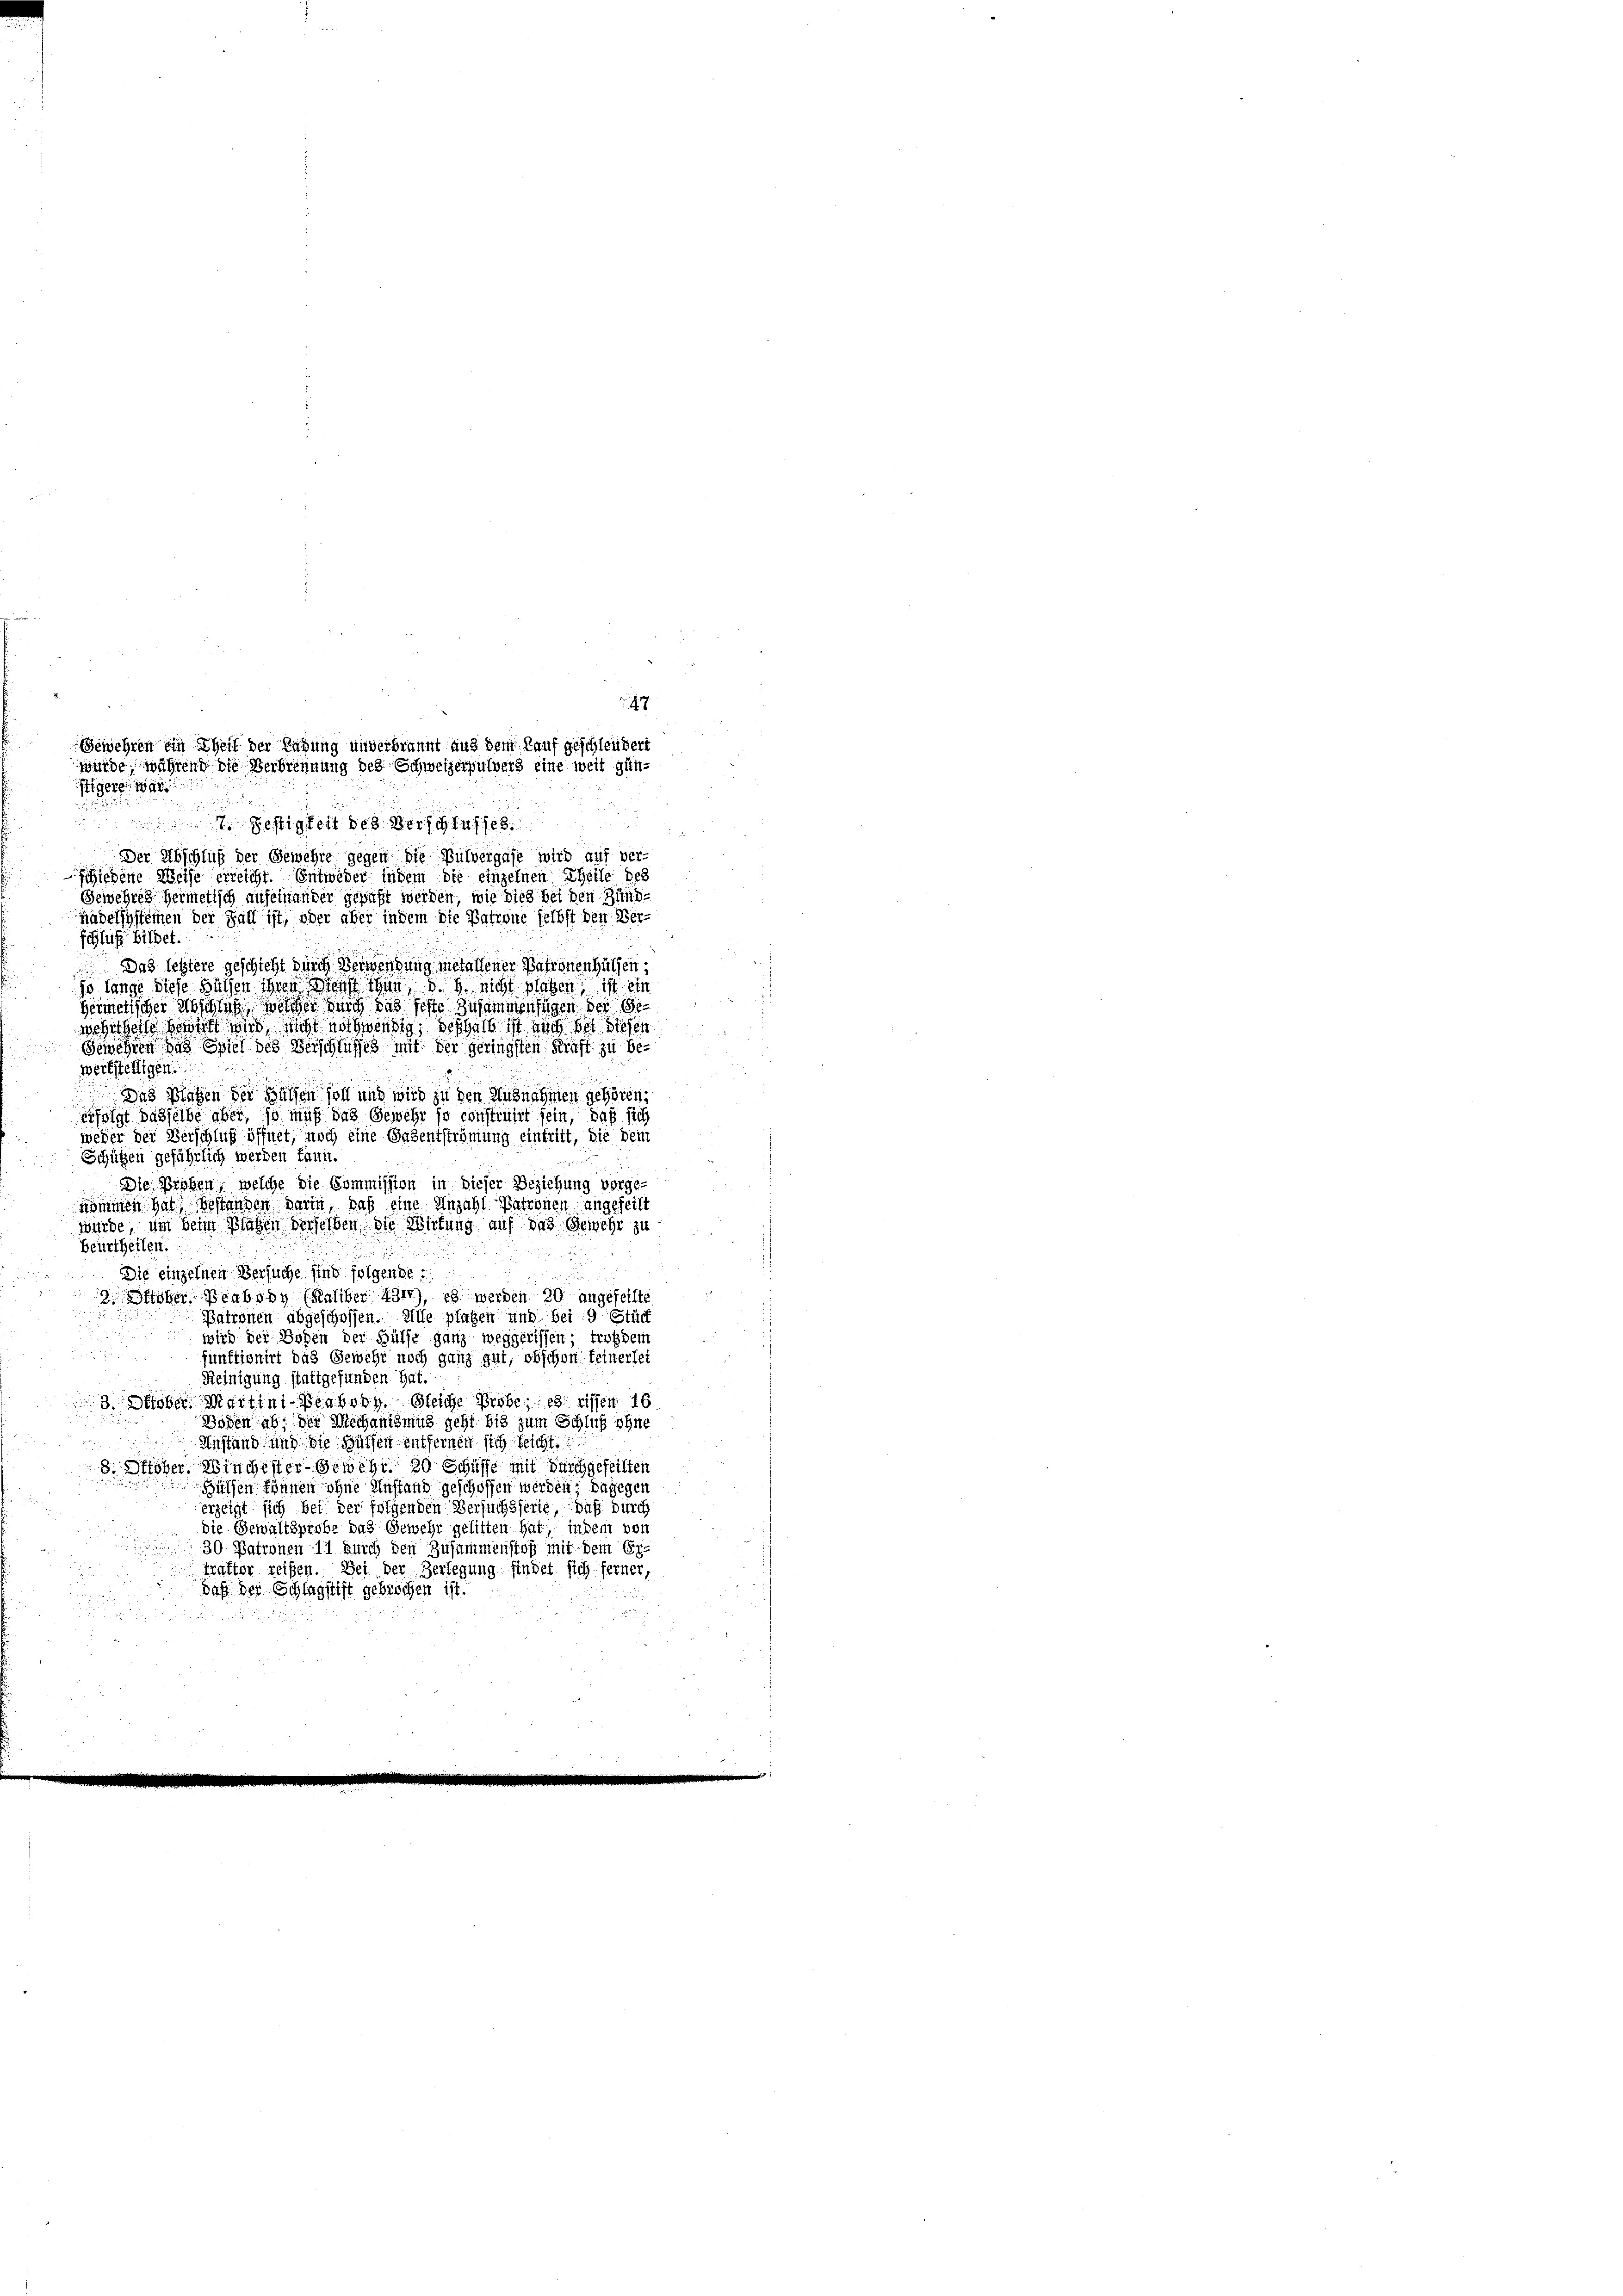
47
Gewehren ein Theil der Regung unterbrannt aus dem Kauf geschleußert
würde, während die Verbrennung des Schweizerhulvers eine weit günftigere war

Bestigkeit des Verfahr 188
Der Abschluß der Gewehre gegen die Bulvergase wird auf ver-
schiedene Weise erreicht. Entweder indem die einzelnen Theile des
Gewehres Hermetisch aufeinander gepaßt werden, wie dies bei den Zünd-
nädelsysteinen der Fall ist, oder aber indem die Patrone selbst den Ver-
schluß bildet.
Das letztere geschicht durch Verwendung metallener Patronen hülfen,
so lange diese Büchen ihren Dienst thun, d. h. nicht plagen, ist ein
germetischer Abschlich, welcher durch das feste Zusammenfügen der Ge
wehrtheile seront und, nicht nothwendig, deshalb ist auch bei diesen
Gewehren das Spiel des Verschlusses mit der geringsten Kraft zu bewerkstelligen.
Das Plagen der Hülfen soll und wird zu den Ausnahmen gehören,
erfolgt dasselbe aber, so muß das Gewehr so constinirt sein, daß sich
weder der Verschluß öffnet, noch eine Gasentströmung eintritt, die dem
Schützen gefährlich werden kann.
Die Proben, welche die Commission in dieser Beziehung vorge-
nommen hat Bestanden darin, daß eine Anzahl Patronen angeheilt
würde, um beim Blagen derselben die Wirkung auf das Gewehr zu
beurtheilen.
Die einzelnen Versuche sind folgende
3 Oktober Beabony (Kaliber 431), es werden 20. angefeilte
Patronen abgeschaffen. Alle plagen und bei 9 Stück
wird der Boden der Hülfe ganz weggerissen; trotzdem
n
funktionirt das Gewehr noch ganz gut, obschon feinerlei
Seinigung stattgefunden. hat.
3. ober. Martini-Beabony Selche Probe, es wissen 16
Boden ab; der Mechanismus geht bis zum Schluß ohne
Anstand und die Hülfen entfernen sich leicht.
8. Prober, Winchester Gewehr 20 Schaffe mit durchgeheilten
Bülsen können ohne Anstand geschoffen werden; dagegen
erzeigt sich bei der folgenden Versuchsserie, daß durch
die Gewaltsprobe das Gewehr gelitten hat, indem von
30 Patronen 11 durch den Zusammenstoß mit dem Er-
trafter reifen. Bei der Verlegung findet sich ferner,
daß der Schlagstift gebrochen ist.